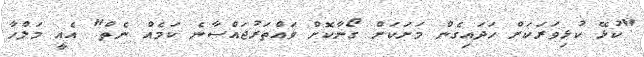
"ކުޅޭ ކުޅިވަރަކަށް ހަދައިގެން މަށަކަށް ގޯނާކޮށް ވައްތަރުޖައްސާނެ ކަމެއް ނެތް" އެއީ މަލްހާ